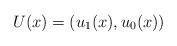
LaTeX: \begin{align*}U(x) = (u_1(x), u_0(x))\end{align*}